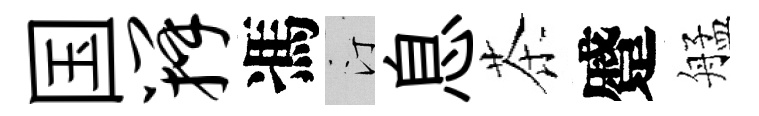
国瓣馮汀息茶蹙艋